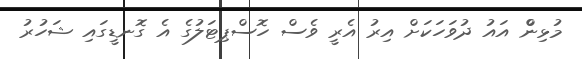
މުޅިންް އައު ދުވަހަކަށް އިރު އެރީ ވެސް ހޮސްޕިޓަލުގެ އެ ގޮނޑީގައި ޝަހުރު